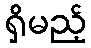
ရှိမည့်